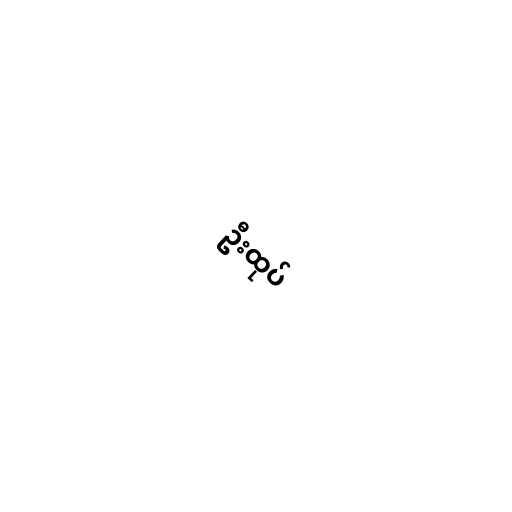
ဦးထုပ်